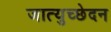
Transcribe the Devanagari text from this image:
जात्युच्छेदन